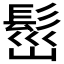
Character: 𩬷